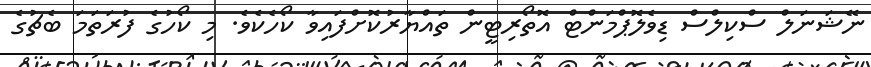
ނޭޝަނަލް ސްކިލްސް ޑިވެލޮޕްމަންޓް އޮތޯރިޓީން ތައްޔާރުކޮށްފައިވާ ކޯހެކެވެ. މި ކޯހުގެ ފުރަތަމަ ބެޗުގެ